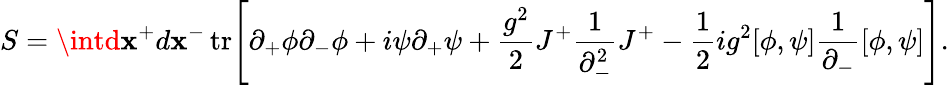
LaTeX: S=\intd\mathbf{x}^{+}d\mathbf{x}^{-}\, \mathrm{{tr}}\Bigg[\partial_{+}\phi\partial_{-}\phi+i\psi\partial_{+}\psi+\frac{{g^{2}}}{{2}}J^{+}\frac{{1}}{{\partial_{-}^{2}}}J^{+}-\frac{{1}}{{2}}ig^{2}[\phi,\psi]\frac{{1}}{{\partial_{-}}}[\phi,\psi]\Bigg].